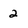
Character: 2